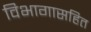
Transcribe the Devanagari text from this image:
विभागासहित